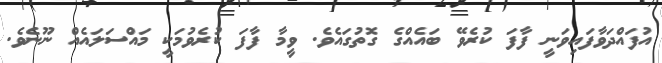
އުފައްދަވާފައިވަނީ ފާފަ ކުރެވޭ ބައެއްގެ ގޮތުގައެވެ. ވީމާ ފާފަ ކުރެވުމަކީ މައްސަލައެއް ނޫނެވެ.